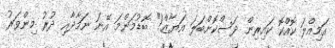
އަމިއްލަ ކޮއްކޮ ކައިރިން ދަސްކޮށްބަލަ އަޔާޒް!" ބޮޑުމަންމަ އޭނަ ނަމާދާއި ދުރު މިންވަރު